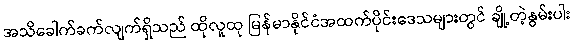
အသိခေါက်ခက်လျက်ရှိသည် ထိုလူထု မြန်မာနိုင်ငံအထက်ပိုင်းဒေသများတွင် ချို့တဲ့နွမ်းပါး